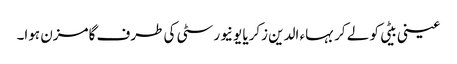
عینی بیٹی کو لے کر بہاء الدین زکریا یونیورسٹی کی طرف گامزن ہوا۔